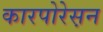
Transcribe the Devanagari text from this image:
कारपोरेस़न